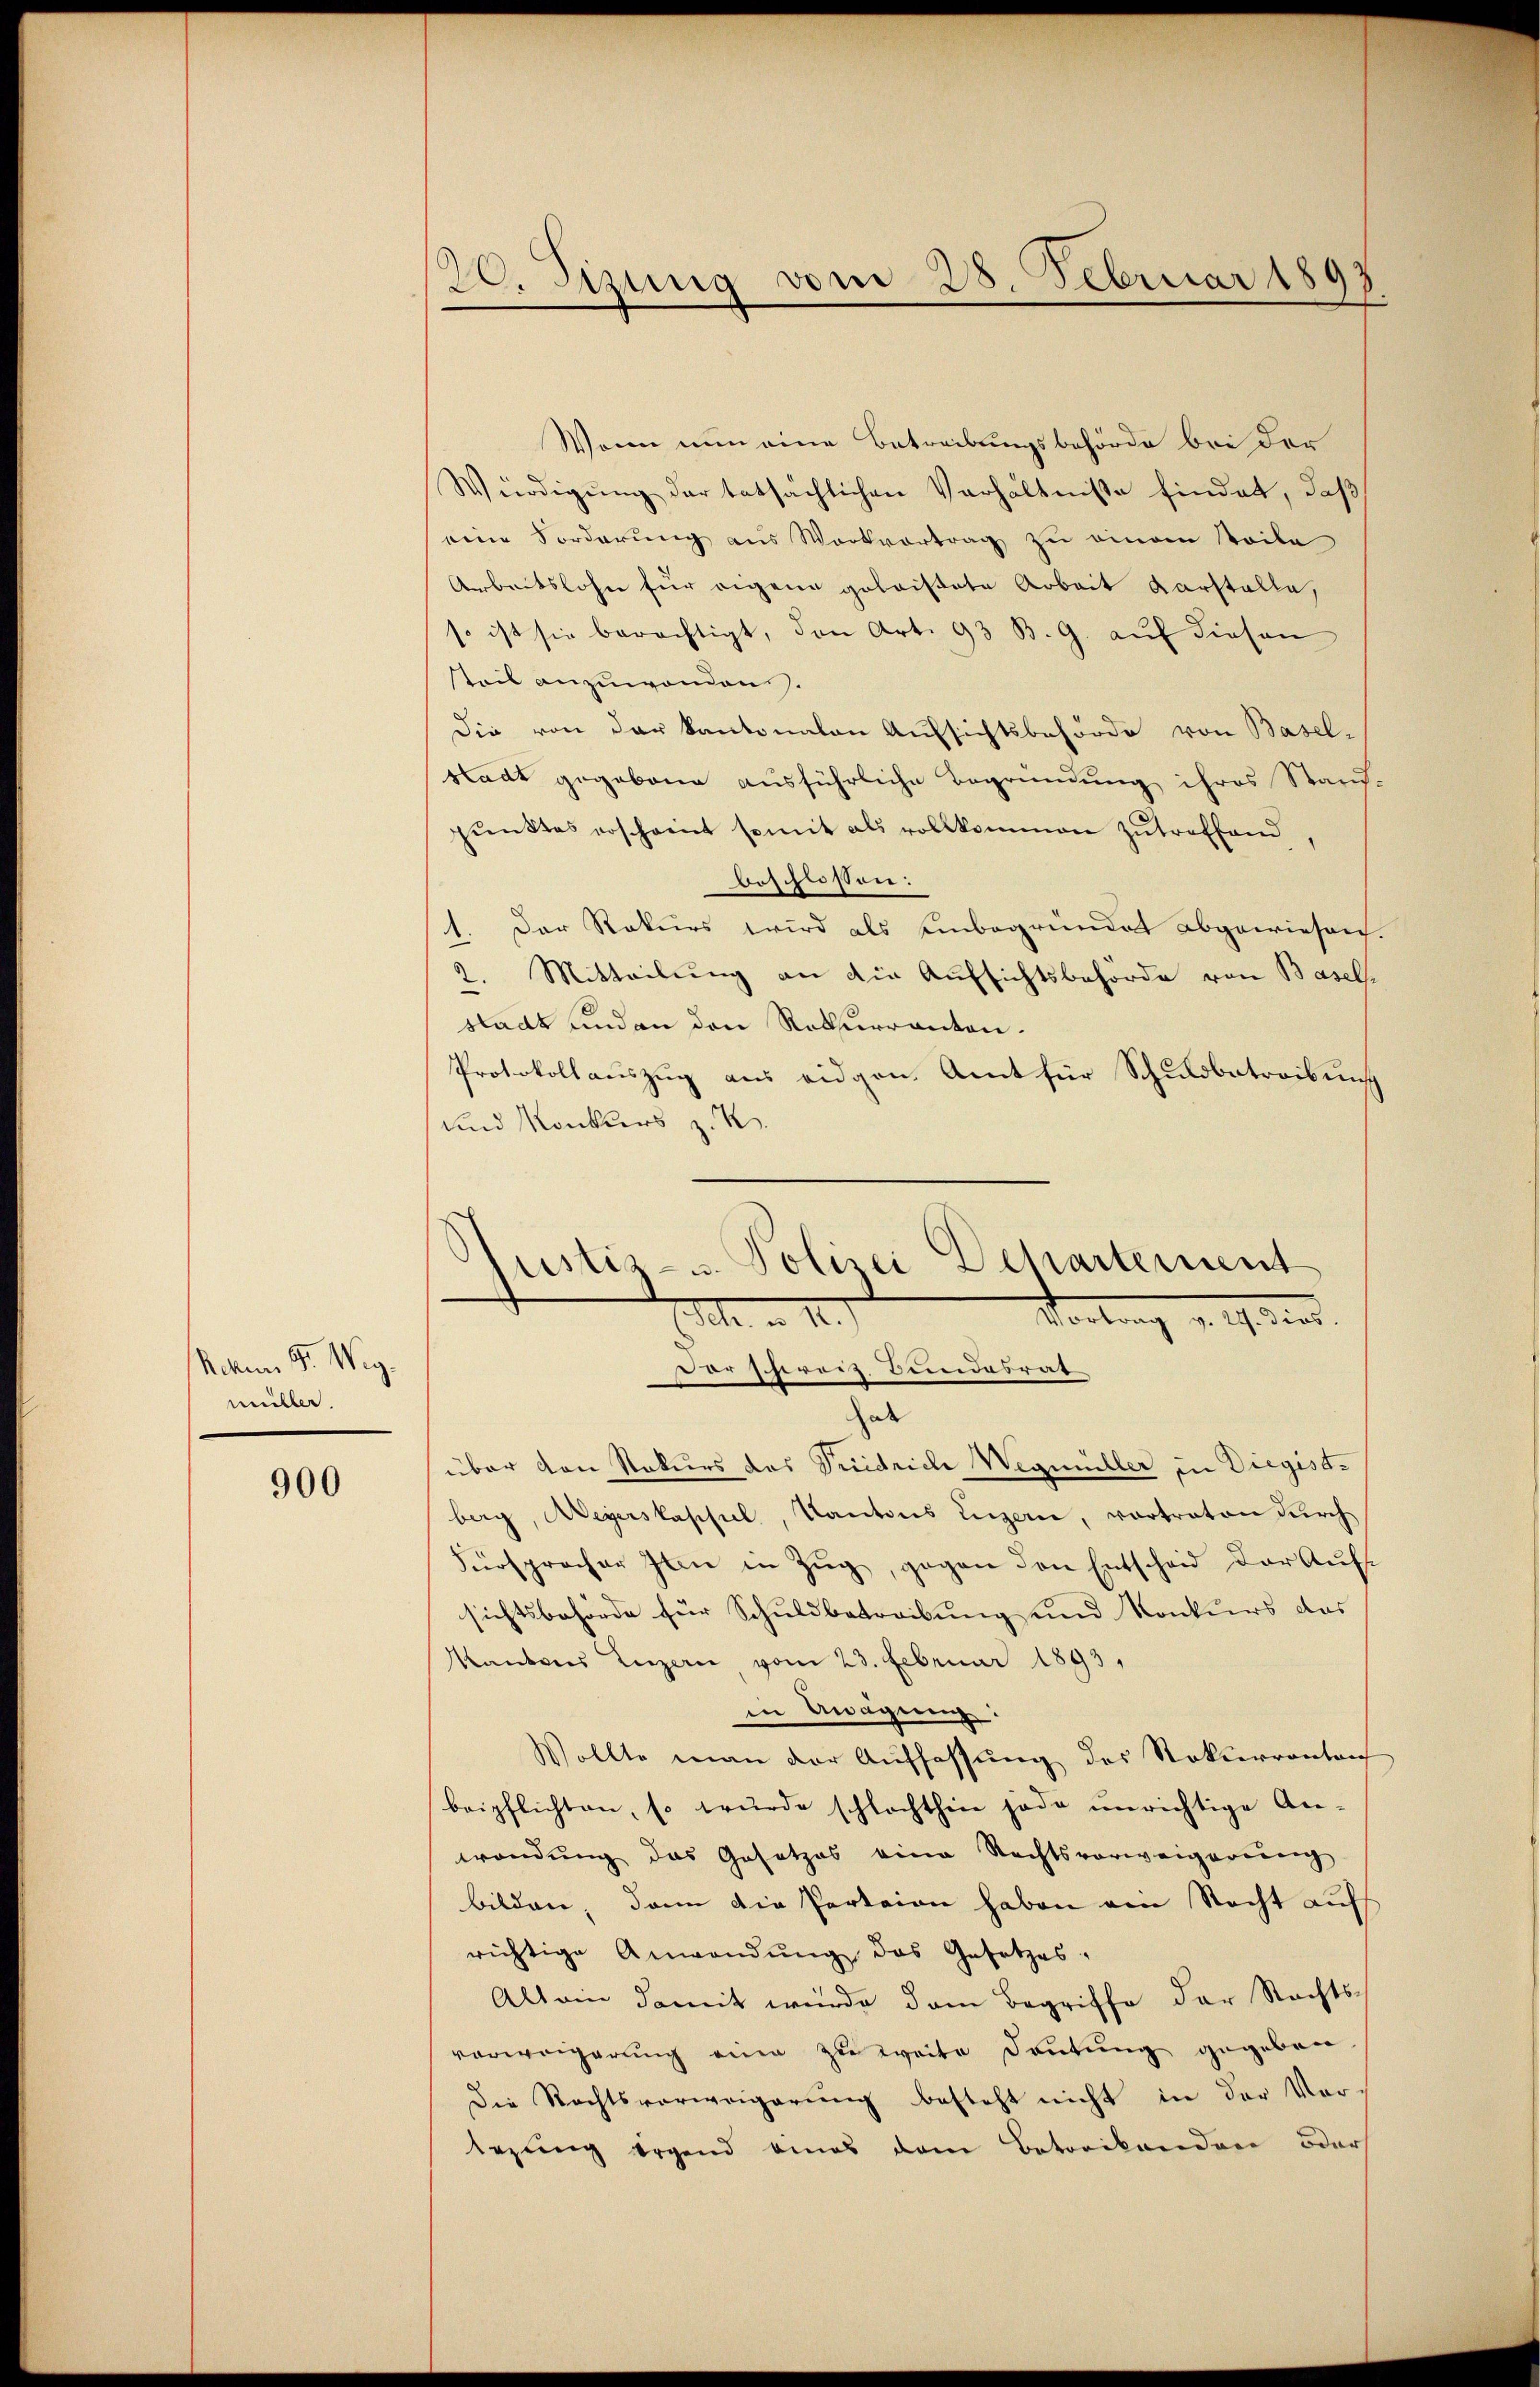
Achen Fr. Weg.
müller.

900

20. Sizung vom 28. Februar 1893.

Wenn nun eine Betreibungsbehörde bei der
Würdigŭng der tatsächlichen Verhältnisse findet, daß
eine Forderung aus Wortvertrag zu einem Teile
Arbeitslohn für eigene geleistete Arbeit Karstelle,
so ist sie berechtigt, den Art. 93 B. G. aŭf diesen
steil anzuwenden.
Die von der Kantonalen Aufsichtsbehörde von Basel-
stadt gegebene ausführliche Begründung ihres Stand-
pŭnktes erscheint somit als vollkommen zŭtreffend,
beschlossen:
1. Der Rekurs wird als Einbegründet abgewiesen.
2. Mitteilung an die Aufsichtsbehörde von Basels
stadt und an den Rekurranton.
Protokollauszug aus eidgen. Amt für Schuldbetreibung
und Konkurs z. K
Der schweiz. Bundesrat
ae
über von Rekurs das Pridrich Wegmüller in Diegistberg, Wegerskassel, Kantons Luzern, vortraten durch
Fürsprocher Jan in Zŭg, gegen den Entscheid der Aufsichtsbehörde für Schuldbetreibung und Konkurs das
Kantons Luzern vom 23. Februar 1893,
in Mägung:
Wollte man der Auffassung des Rekurrenten
beipflichten, so wurde schlachthin jede unrichtige An-
wendung das Gesetzes eine Rechtsverweigerung
bilden, dann die Parteien haben ein Nacht auf
richtige Anwendŭng das Gesetzes-
Allein damit wurde dem Begriffe der Nachts-
vorweigerung eine zu weite deutung gegeben
Die Rechtsverweigerung besteht nicht in der Vorsezung irgend eines dem Betreikunden oder

Justiz- u. Polizei Dehartement
Ich. a. II.
Hortung d. 9. Ferd.